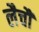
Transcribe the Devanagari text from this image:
लैचौ